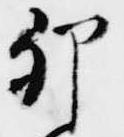
卯